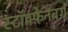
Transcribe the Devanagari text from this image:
स्टॉफ़्फ़ेनबर्ग